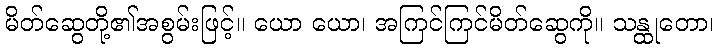
မိတ်ဆွေတို့၏အစွမ်းဖြင့်။ ယော ယော၊ အကြင်ကြင်မိတ်ဆွေကို။ သန္ထုတော၊